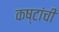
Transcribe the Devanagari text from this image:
कष्टांची